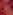
بل